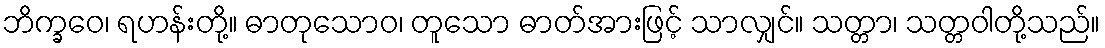
ဘိက္ခဝေ၊ ရဟန်းတို့။ ဓာတုသောဝ၊ တူသော ဓာတ်အားဖြင့် သာလျှင်။ သတ္တာ၊ သတ္တဝါတို့သည်။